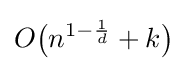
O{\big (}n^{1-{\frac {1}{d}}}+k{\big )}